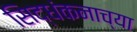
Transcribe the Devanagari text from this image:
सिद्धंकनाच्या